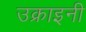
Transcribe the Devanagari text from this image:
उक्राइनी